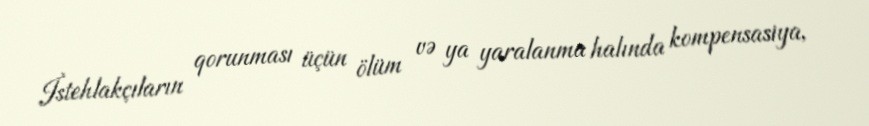
İstehlakçıların qorunması üçün ölüm və ya yaralanma halında kompensasiya,